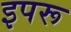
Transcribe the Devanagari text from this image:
इपरू